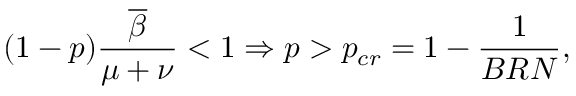
( 1 - p ) \frac { \overline { { \beta } } } { \mu + \nu } < 1 \Rightarrow p > p _ { c r } = 1 - \frac { 1 } { B R N } ,